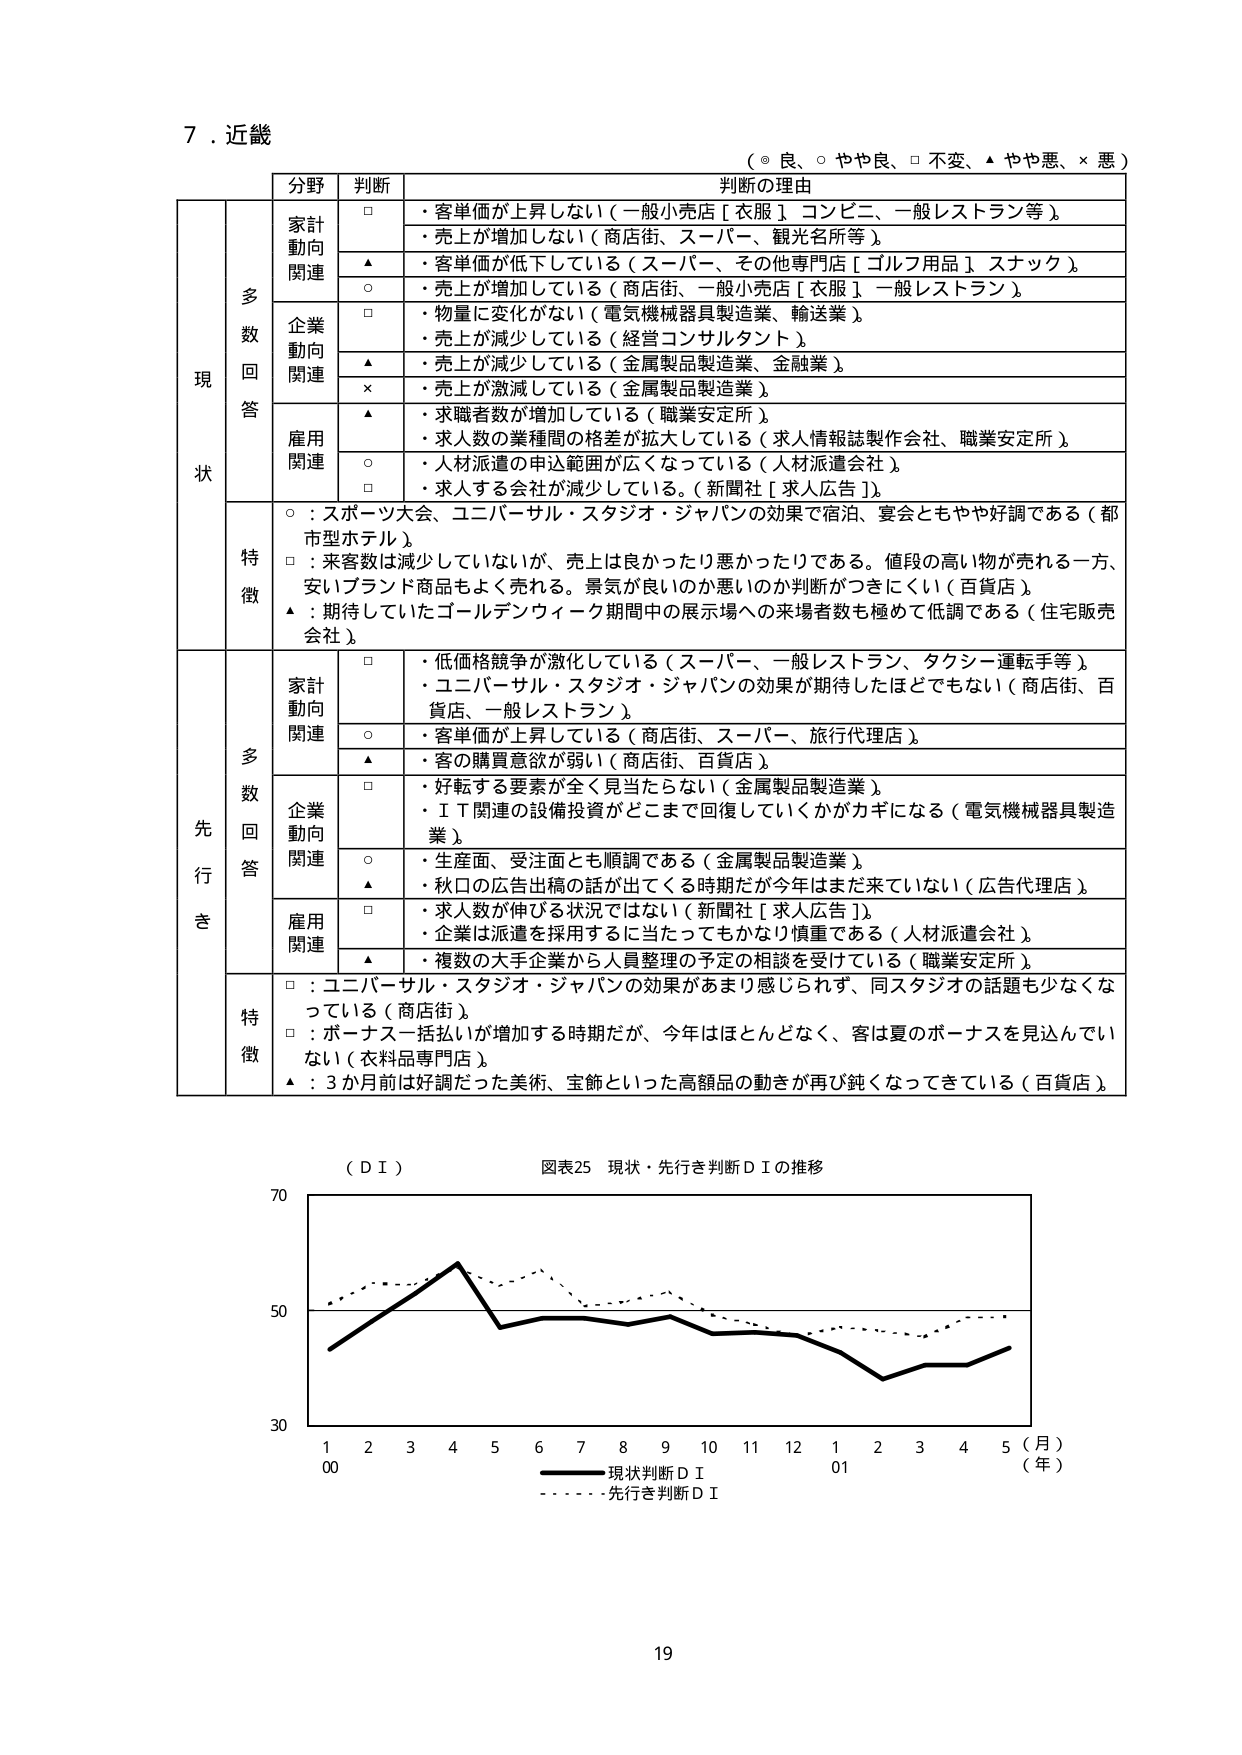
７．近畿
（◎ 良、○ やや良、□ 不変、▲ やや悪、× 悪）

分野　　判断　　判断の理由

現状
　　多数回答
　　　家計動向関連
　　　　□　・客単価が上昇しない（一般小売店［衣服］コンビニ、一般レストラン等）
　　　　▲　・売上が増加しない（商店街、スーパー、観光名所等）
　　　　▲　・客単価が低下している（スーパー、その他専門店［ゴルフ用品］スナック）
　　　　○　・売上が増加している（商店街、一般小売店［衣服］一般レストラン）
　　　企業動向関連
　　　　□　・物量に変化がない（電気機械器具製造業、輸送業）
　　　　▲　・売上が減少している（経営コンサルタント）
　　　　▲　・売上が減少している（金属製品製造業、金融業）
　　　　×　・売上が激減している（金属製品製造業）
　　　雇用関連
　　　　▲　・求職者数が増加している（職業安定所）
　　　　▲　・求人数の業種間の格差が拡大している（求人情報誌製作会社、職業安定所）
　　　　○　・人材派遣の申込範囲が広くなっている（人材派遣会社）
　　　　□　・求人する会社が減少している。（新聞社［求人広告］）
　　　特徴
　　　　○：スポーツ大会、ユニバーサル・スタジオ・ジャパンの効果で宿泊、宴会ともやや好調である（都市型ホテル）
　　　　□：来客数は減少していないが、売上は良かったり悪かったりである。値段の高い物が売れる一方、安いブランド商品もよく売れる。景気が良いのか悪いのか判断がつきにくい（百貨店）
　　　　▲：期待していたゴールデンウィーク期間中の展示場への来場者数も極めて低調である（住宅販売会社）

先行き
　　多数回答
　　　家計動向関連
　　　　□　・低価格競争が激化している（スーパー、一般レストラン、タクシー運転手等）
　　　　○　・ユニバーサル・スタジオ・ジャパンの効果が期待したほどでもない（商店街、百貨店、一般レストラン）
　　　　○　・客単価が上昇している（商店街、スーパー、旅行代理店）
　　　　▲　・客の購買意欲が弱い（商店街、百貨店）
　　　企業動向関連
　　　　□　・好転する要素が全く見当たらない（金属製品製造業）
　　　　□　・ＩＴ関連の設備投資がどこまで回復していくかがカギになる（電気機械器具製造業）
　　　　○　・生産面、受注面とも順調である（金属製品製造業）
　　　　▲　・秋口の広告出稿の話が出てくる時期だが今年はまだ来ていない（広告代理店）
　　　雇用関連
　　　　□　・求人数が伸びる状況ではない（新聞社［求人広告］）
　　　　▲　・企業は派遣を採用するに当たってもかなり慎重である（人材派遣会社）
　　　　▲　・複数の大手企業から人員整理の予定の相談を受けている（職業安定所）
　　　特徴
　　　　□：ユニバーサル・スタジオ・ジャパンの効果があまり感じられず、同スタジオの話題も少なくなっている（商店街）
　　　　□：ボーナス一括払いが増加する時期だが、今年はほとんどなく、客は夏のボーナスを見込んでいない（衣料品専門店）
　　　　▲：3か月前は好調だった美術、宝飾といった高額品の動きが再び鈍くなってきている（百貨店）

（ＤＩ）　図表25　現状・先行き判断ＤＩの推移